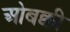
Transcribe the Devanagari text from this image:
ओबक्की